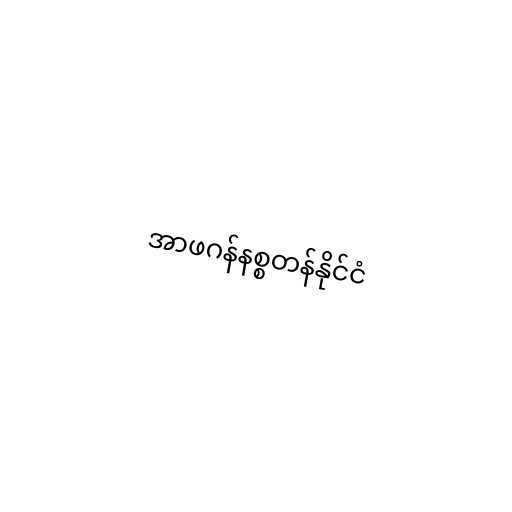
အာဖဂန်နစ္စတန်နိုင်ငံ